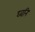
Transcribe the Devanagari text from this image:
घ्वनि